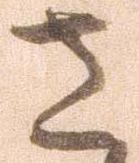
さ